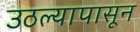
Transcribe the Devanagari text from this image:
उठल्यापासून